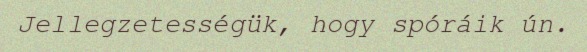
Jellegzetességük, hogy spóráik ún.